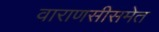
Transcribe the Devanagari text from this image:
वाराणसीसमेत